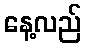
နေ့လည်